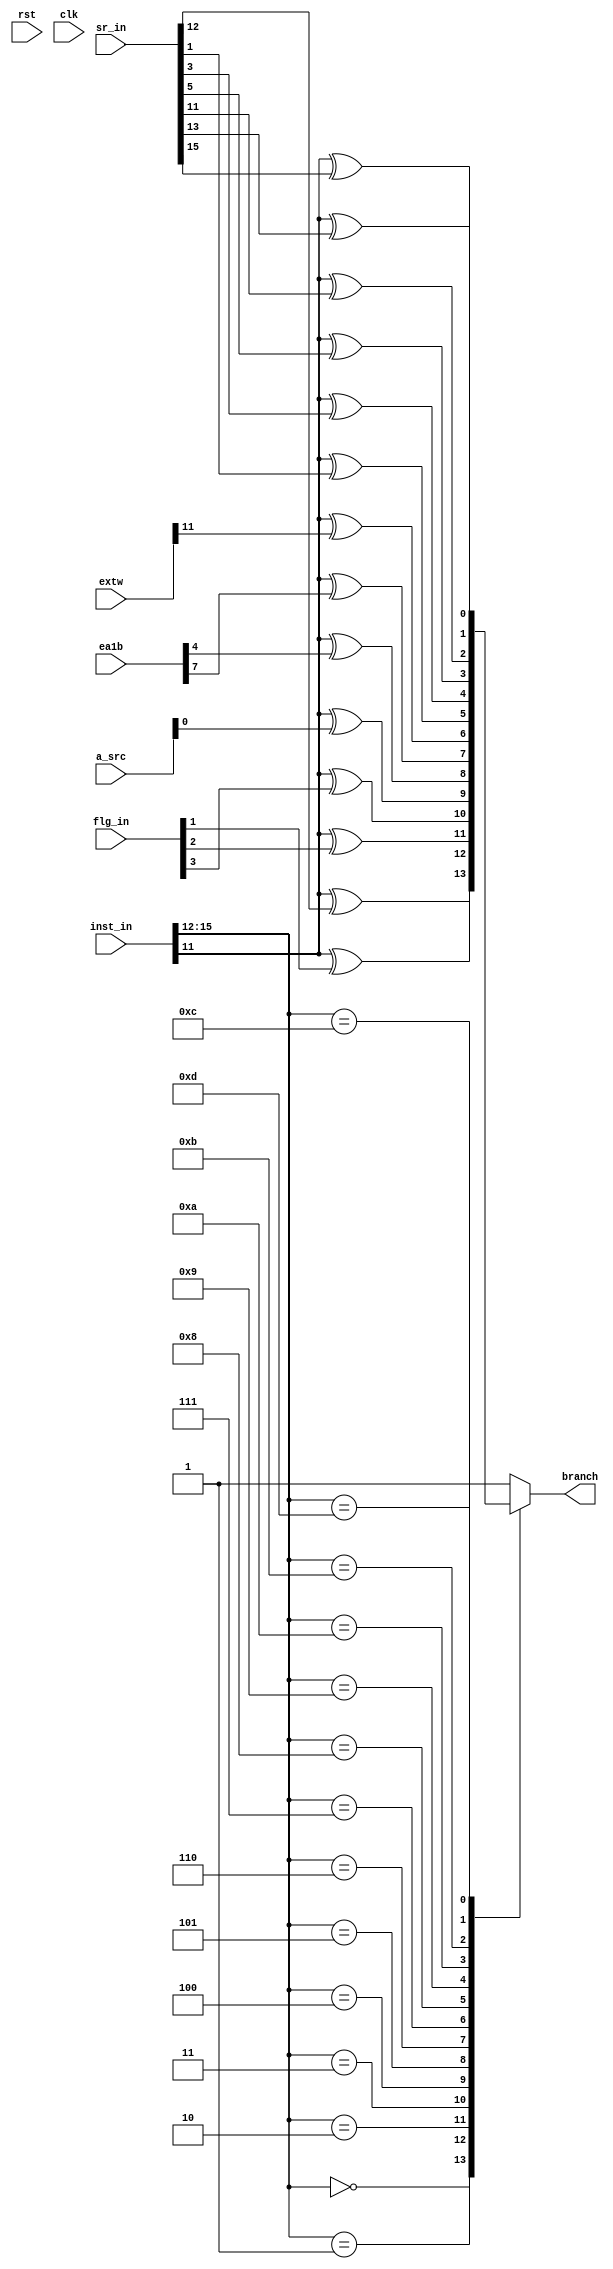
module test_14
(
  input             rst,    
  input             clk,    
  input  [19:0]     inst_in,
  input  [3:0]      flg_in, 
  input  [15:0]     sr_in,  
  input  [15:0]     a_src,  
  input  [15:0]     ea1b,   
  input  [15:0]     extw,   
  output reg        branch  
);
  always@(inst_in or flg_in or sr_in or a_src or ea1b or extw)
  begin
    case (inst_in[15:12])
      4'b0000 : branch <= inst_in[11] ^ sr_in[12]; 
      4'b0001 : branch <= inst_in[11] ^ flg_in[1]; 
      4'b0010 : branch <= inst_in[11] ^ flg_in[2]; 
      4'b0011 : branch <= inst_in[11] ^ flg_in[3]; 
      4'b0100 : branch <= inst_in[11] ^ a_src[0];  
      4'b0101 : branch <= inst_in[11] ^ ea1b[4];   
      4'b0110 : branch <= inst_in[11] ^ ea1b[7];   
      4'b0111 : branch <= inst_in[11] ^ extw[11];  
      4'b1000 : branch <= inst_in[11] ^ sr_in[1];  
      4'b1001 : branch <= inst_in[11] ^ sr_in[3];  
      4'b1010 : branch <= inst_in[11] ^ sr_in[5];  
      4'b1011 : branch <= inst_in[11] ^ sr_in[11]; 
      4'b1100 : branch <= inst_in[11] ^ sr_in[13]; 
      4'b1101 : branch <= inst_in[11] ^ sr_in[15]; 
      default : branch <= 1'b1;                    
    endcase
  end
endmodule